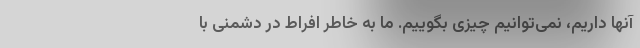
آنها داریم، نمی‌توانیم چیزی بگوییم. ما به خاطر افراط در دشمنی با